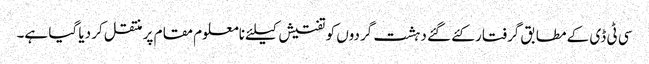
سی ٹی ڈی کے مطابق گرفتار کئے گئے دہشت گردوں کو تفتیش کیلئے نامعلوم مقام پر منتقل کر دیا گیا ہے۔